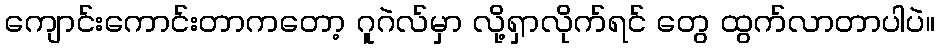
ကျောင်းကောင်းတာကတော့ ဂူဂဲလ်မှာ လို့ရှာလိုက်ရင် တွေ ထွက်လာတာပါပဲ။